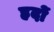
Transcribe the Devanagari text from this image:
ह्रदों